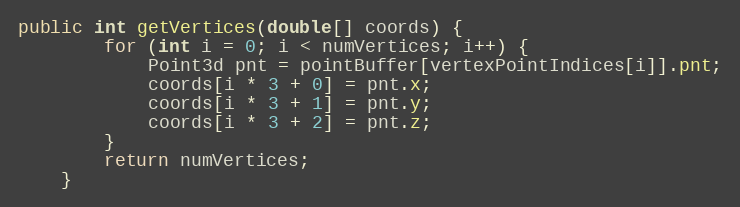
Language: Java
public int getVertices(double[] coords) {
        for (int i = 0; i < numVertices; i++) {
            Point3d pnt = pointBuffer[vertexPointIndices[i]].pnt;
            coords[i * 3 + 0] = pnt.x;
            coords[i * 3 + 1] = pnt.y;
            coords[i * 3 + 2] = pnt.z;
        }
        return numVertices;
    }